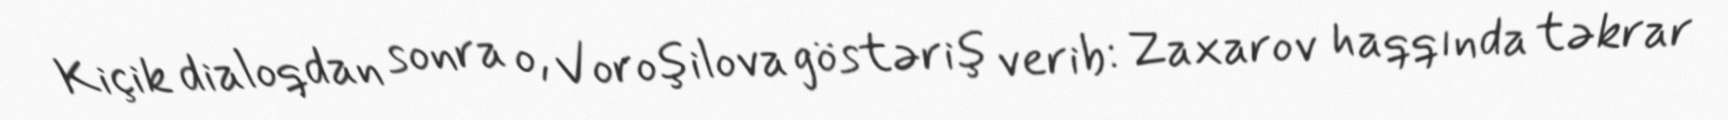
Kiçik dialoqdan sonra o, Voroşilova göstəriş verib: Zaxarov haqqında təkrar